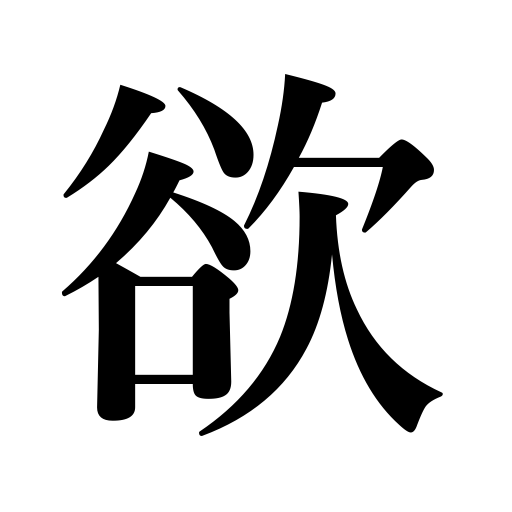
Meanings: greed,craving,want,appetite,covetousness,desire,passion